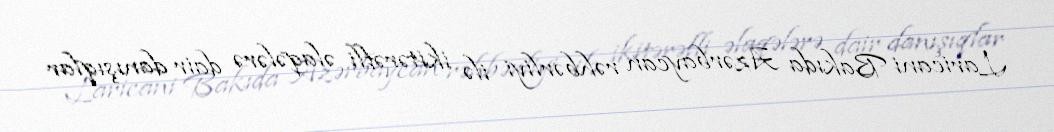
Laricani Bakıda Azərbaycan rəhbərliyi ilə ikitərəfli əlaqələrə dair danışıqlar